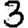
Digit: 3